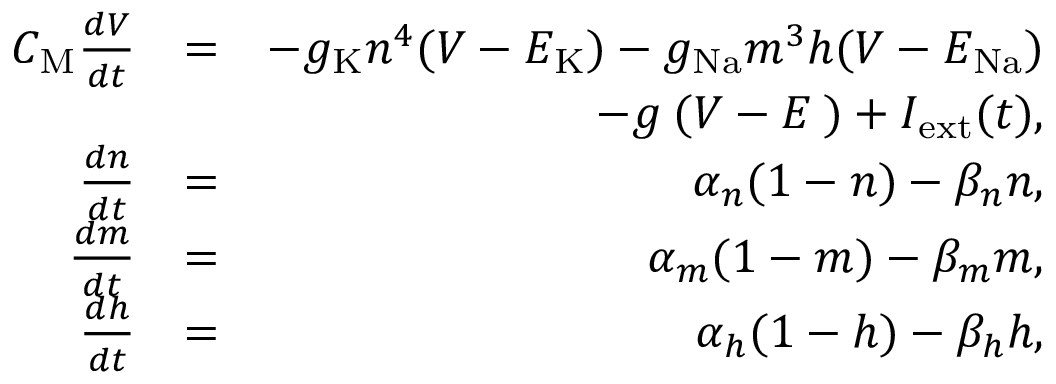
\begin{array} { r l r } { C _ { \mathrm M } \frac { d V } { d t } } & { = } & { - g _ { \mathrm K } n ^ { 4 } ( V - E _ { \mathrm K } ) - g _ { \mathrm { N a } } m ^ { 3 } h ( V - E _ { \mathrm { N a } } ) } \\ & { } & { - g _ { \mathrm { \ell } } ( V - E _ { \mathrm \ell } ) + I _ { \mathrm { e x t } } ( t ) , } \\ { \frac { d n } { d t } } & { = } & { \alpha _ { n } ( 1 - n ) - \beta _ { n } n , } \\ { \frac { d m } { d t } } & { = } & { \alpha _ { m } ( 1 - m ) - \beta _ { m } m , } \\ { \frac { d h } { d t } } & { = } & { \alpha _ { h } ( 1 - h ) - \beta _ { h } h , } \end{array}